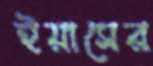
ইয়াসের